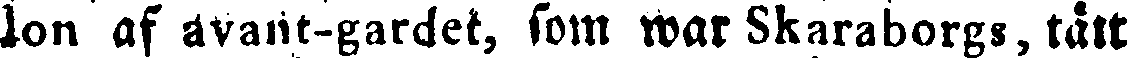
lon af avant-gardet, som war Skaraborgs, tått